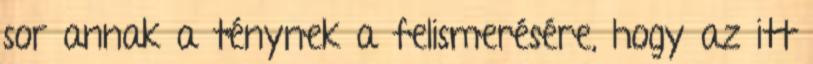
sor annak a ténynek a felismerésére, hogy az itt